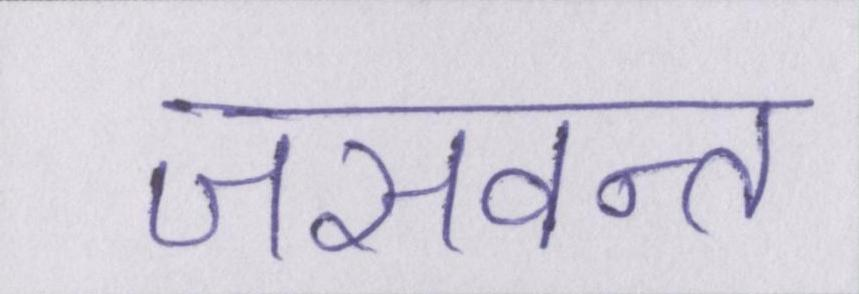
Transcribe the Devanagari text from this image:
जसवन्त